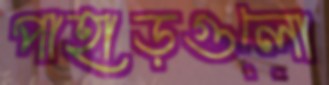
পাহাড়গুলো